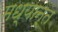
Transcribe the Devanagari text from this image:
मध्यान्त